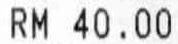
RM 40.00